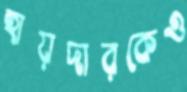
হায়দারকেও